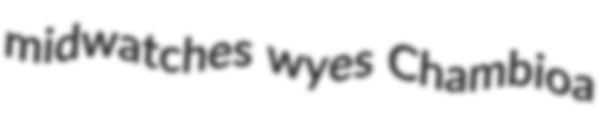
midwatches wyes Chambioa